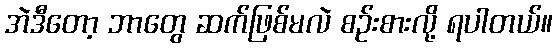
အဲဒီတော့ ဘာတွေ ဆက်ဖြစ်မလဲ စဉ်းစားလို့ ရပါတယ်။